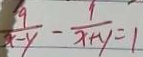
\frac { 9 } { x - y } - \frac { 1 } { x + y } = 1